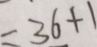
= 3 6 + 1